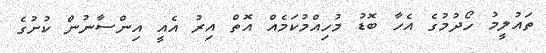
ތައުލީމު ހޯދުމުގެ އެހާ ބޮޑު މުހިއްމުކަމެއް އޮތް އިރު އެއީ އިންސާނުން ކުށުގެ